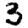
Digit: 3